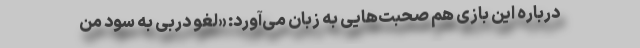
درباره این بازی هم صحبت‌هایی به زبان می‌آورد: «لغو دربی به سود من